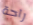
راحة